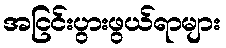
အငြင်းပွားဖွယ်ရာများ